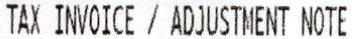
TAX INVOICE / ADJUSTMENT NOTE